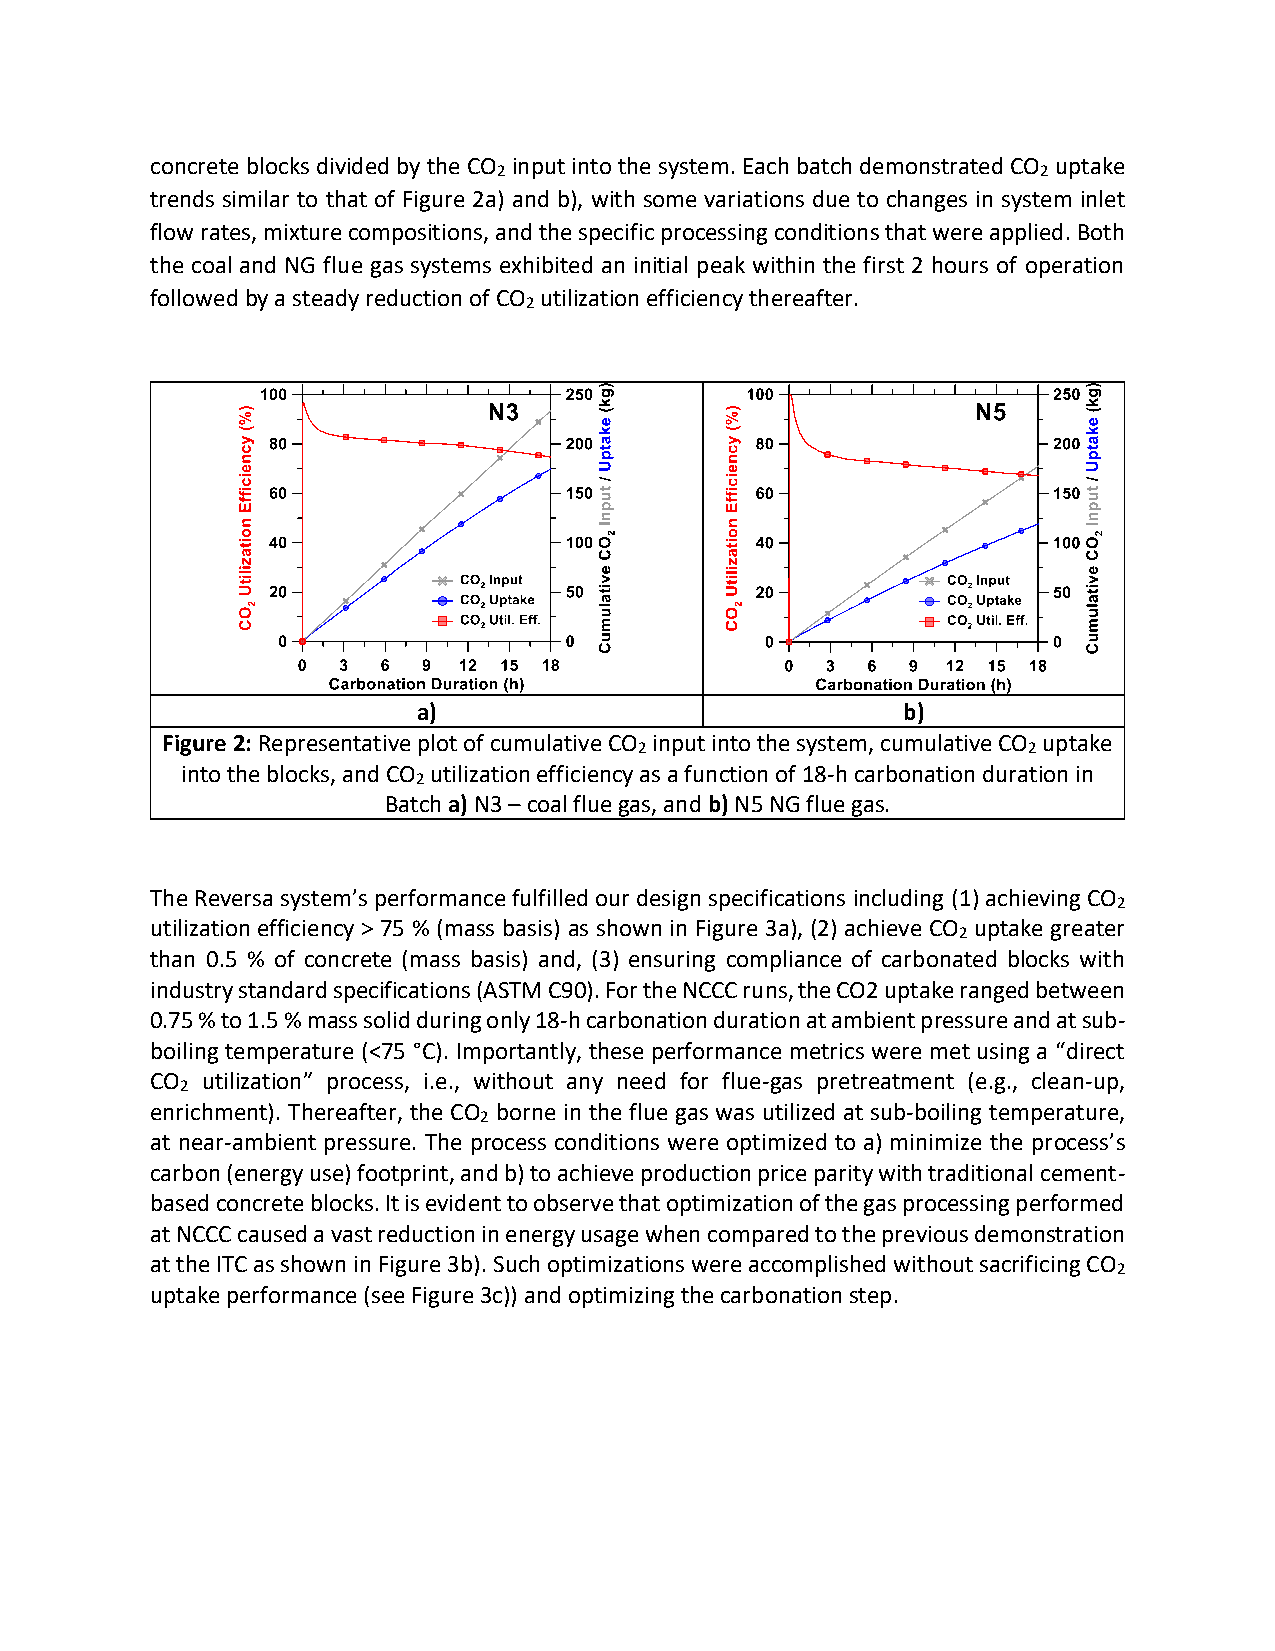
concrete blocks divided by the CO input into the system. Each batch demonstrated CO uptake
 2                                   2
 trends similar to that of Figure 2a) and b), with some variations due to changes in system inlet
 flow rates, mixture compositions, and the specific processing conditions that were applied. Both
 the coal and NG flue gas systems exhibited an initial peak within the first 2 hours of operation
 followed by a steady reduction of CO utilization efficiency thereafter.
 2
 a)                              b)
 Figure 2: Representative plot of cumulative CO input into the system, cumulative CO uptake
 2                         2
 into the blocks, and CO utilization efficiency as a function of 18-h carbonation duration in
 2
 Batch a) N3 – coal flue gas, and b) N5 NG flue gas.
 The Reversa system’s performance fulfilled our design specifications including (1) achieving CO
 2
 utilization efficiency > 75 % (mass basis) as shown in Figure 3a), (2) achieve CO uptake greater
 2
 than 0.5 % of concrete (mass basis) and, (3) ensuring compliance of carbonated blocks with
 industry standard specifications (ASTM C90). For the NCCC runs, the CO2 uptake ranged between
 0.75 % to 1.5 % mass solid during only 18-h carbonation duration at ambient pressure and at sub-
 boiling temperature (<75 °C). Importantly, these performance metrics were met using a “direct
 CO utilization” process, i.e., without any need for flue-gas pretreatment (e.g., clean-up,
 2
 enrichment). Thereafter, the CO borne in the flue gas was utilized at sub-boiling temperature,
 2
 at near-ambient pressure. The process conditions were optimized to a) minimize the process’s
 carbon (energy use) footprint, and b) to achieve production price parity with traditional cement-
 based concrete blocks. It is evident to observe that optimization of the gas processing performed
 at NCCC caused a vast reduction in energy usage when compared to the previous demonstration
 at the ITC as shown in Figure 3b). Such optimizations were accomplished without sacrificing CO
 2
 uptake performance (see Figure 3c)) and optimizing the carbonation step.